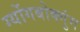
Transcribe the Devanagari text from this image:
ग्योंगबोक्गुंग